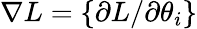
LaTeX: \nabla L=\left\{ \partial L/\partial\theta_{i}\right\}